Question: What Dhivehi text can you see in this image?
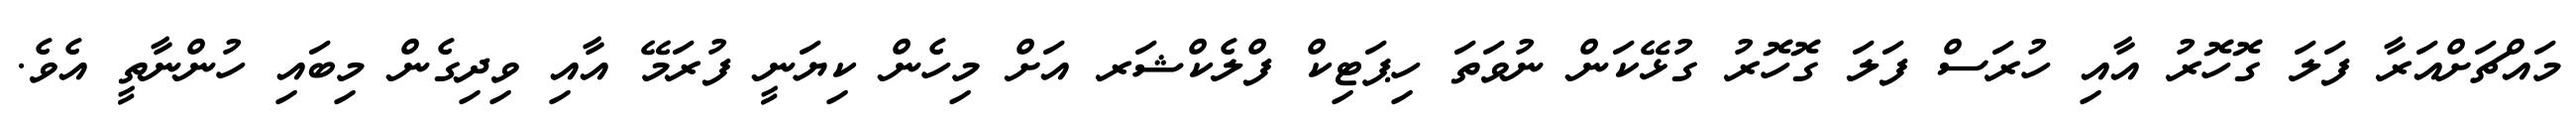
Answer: މައްޗަށްއަރާ ފަލަ ގޮހޮރު އާއި ހުރަސް ފަލަ ގޮހޮރު ގުޅޭކަން ނުވަތަ ހިޕަޓިކް ފްލެކްޝަރ އަށް މިހެން ކިޔަނީ ފުރަމޭ އާއި ވިދިގެން މިބައި ހުންނާތީ އެވެ.